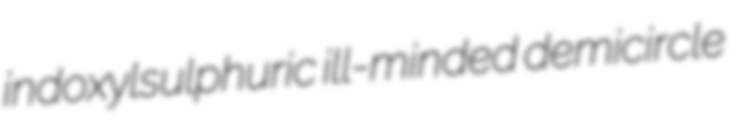
indoxylsulphuric ill-minded demicircle